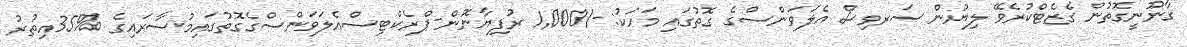
ޤާނޫނީގޮތުން ގެޒެޓްކުރެވޭ ލިޔުން ސަރވިސް އެލަވަންސްގެ ގޮތުގައި މަހަކު: -/1